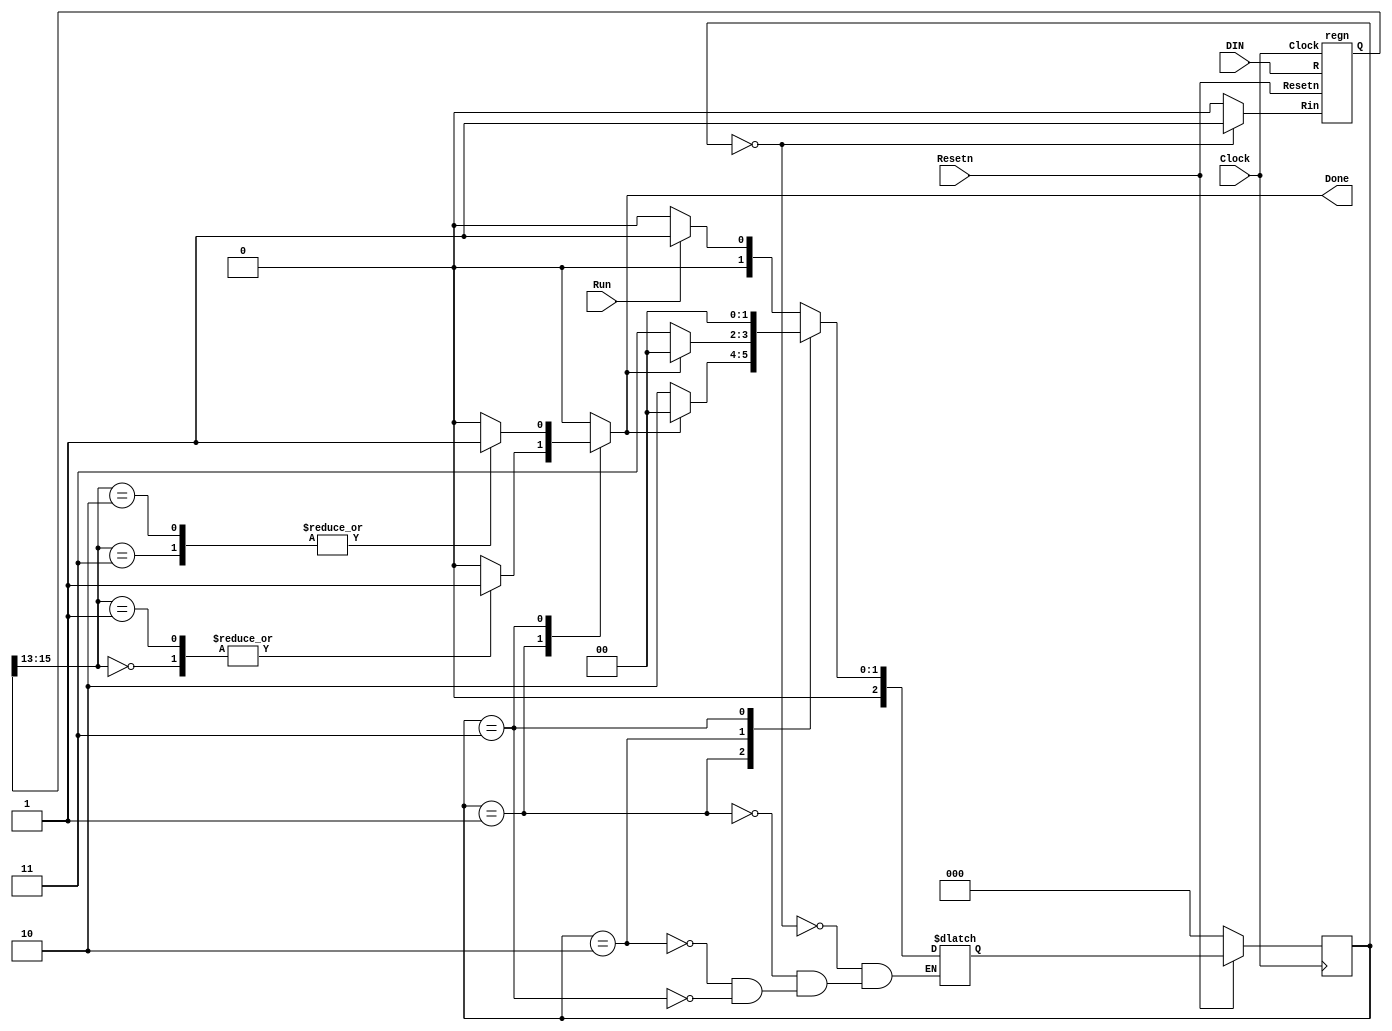
// use your processor from Part 1
// This code is mostly complete. You need to just fill in the lines where it says 
// "... your code goes here"
module proc(DIN, Resetn, Clock, Run, Done);
    input [15:0] DIN;
    input Resetn, Clock, Run;
    output Done;

    wire [0:7] R_in; // r0, ..., r7 register enables
    reg [15:0] Sum;
    reg rX_in, IR_in, Done, A_in, G_in, AddSub;
    reg [2:0] Tstep_Q, Tstep_D;
    reg [15:0] BusWires;
    reg [3:0] Sel; // BusWires selector
    wire [2:0] III, rX, rY; // instruction opcode and register operands
    wire [15:0] r0, r1, r2, r3, r4, r5, r6, r7, A;
    wire [15:0] G;
    wire [15:0] IR;
    wire Imm;
   
    assign III = IR[15:13];
    assign Imm = IR[12];
    assign rX = IR[11:9];
    assign rY = IR[2:0];
    dec3to8 decX (rX_in, rX, R_in); // produce r0 - r7 register enables

    parameter T0 = 3'b000, T1 = 3'b001, T2 = 3'b010, T3 = 3'b011;

    // Control FSM state table
    always @(Tstep_Q, Run, Done) begin
        case (Tstep_Q)
            T0: // data is loaded into IR in this time step
                if (~Run) Tstep_D = T0;
                else Tstep_D = T1;
            T1: if (Done) Tstep_D = T0;
                else Tstep_D = T2;
            T2: if (Done) Tstep_D = T0;
                else Tstep_D = T3;
            T3: // instructions end after this time step
                Tstep_D = T0;
        endcase
    end

    /* OPCODE format: III M XXX DDDDDDDDD, where 
    *     III = instruction, M = Immediate, XXX = rX
    *     If M = 0, DDDDDDDDD = 000000YYY = rY
    *     If M = 1, DDDDDDDDD = #D is the immediate operand 
    *
    *  III M  Instruction   Description
    *  --- -  -----------   -----------
    *  000 0: mv   rX,rY    rX <- rY
    *  000 1: mv   rX,#D    rX <- D (sign extended)
    *  001 1: mvt  rX,#D    rX <- D << 8
    *  010 0: add  rX,rY    rX <- rX + rY
    *  010 1: add  rX,#D    rX <- rX + D
    *  011 0: sub  rX,rY    rX <- rX - rY
    *  011 1: sub  rX,#D    rX <- rX - D */
    parameter mv = 3'b000, mvt = 3'b001, add = 3'b010, sub = 3'b011;
    // selectors for the BusWires multiplexer
    parameter SEL_r0 = 4'b0000, SEL_r1 = 4'b0001, SEL_r2 = 4'b0010, SEL_r3 = 4'b0011,
        SEL_r4 = 4'b0100, SEL_r5 = 4'b0101, SEL_r6 = 4'b0110, SEL_r7 = 4'b0111, SEL_G = 4'b1000,
        SEL_D /* immediate data */ = 4'b1001, SEL_D8 /* immediate data << 8 */ = 4'b1010;
    // Control FSM outputs
    always @(*) begin
        // default values for control signals
        rX_in = 1'b0; A_in = 1'b0; G_in = 1'b0; AddSub = 1'b0; IR_in = 1'b0; Sel = 4'bxxxx;
        Done = 1'b0;
        case (Tstep_Q)
            T0: // store instruction on DIN in IR 
                IR_in = 1'b1;
            T1: // define signals in T1
                case (III)
                    mv: begin
                        // ... your code goes here
			if(!Imm) Sel =rY; 
			else Sel = SEL_D;
			rX_in = 1'b1; 
			Done = 1'b1; 
                    end
                    mvt: begin
                        // ... your code goes here
			Sel = SEL_D8;
			rX_in = 1'b1;
			Done = 1'b1;
                    end
                    add, sub: begin
                        // ... your code goes here
			Sel = rX;
			A_in = 1'b1;
                    end
                    default: ;
                endcase
            T2: // define signals T2
                case (III)
                    add: begin
                        // ... your code goes here
			if (!Imm) Sel = rY;
			else Sel = SEL_D;
			G_in = 1'b1;	
                    end
                    sub: begin
                        // ... your code goes here
			if(!Imm) Sel = rY;
			else Sel = SEL_D;
			AddSub = 1'b1;
			G_in = 1'b1;
                    end
                    default: ; 
                endcase
            T3: // define T3
                case (III)
                    add, sub: begin
                        // ... your code goes here
			Sel = SEL_G;
			rX_in = 1'b1;
			Done = 1'b1;
                    end
                    default: ;
                endcase
            default: ;
        endcase
    end   
   
    // Control FSM flip-flops
    always @(posedge Clock)
        if (!Resetn)
            Tstep_Q <= T0;
        else
            Tstep_Q <= Tstep_D;   
   
    regn reg_0 (BusWires, Resetn, R_in[0], Clock, r0);
    regn reg_1 (BusWires, Resetn, R_in[1], Clock, r1);
    regn reg_2 (BusWires, Resetn, R_in[2], Clock, r2);
    regn reg_3 (BusWires, Resetn, R_in[3], Clock, r3);
    regn reg_4 (BusWires, Resetn, R_in[4], Clock, r4);
    regn reg_5 (BusWires, Resetn, R_in[5], Clock, r5);
    regn reg_6 (BusWires, Resetn, R_in[6], Clock, r6);
    regn reg_7 (BusWires, Resetn, R_in[7], Clock, r7);

    regn reg_A (BusWires, Resetn, A_in, Clock, A);
    regn reg_IR (DIN, Resetn, IR_in, Clock, IR);

    // alu
    always @(*)
        if (!AddSub)
            Sum = A + BusWires;
        else
            Sum = A + ~BusWires + 16'b1;

    regn reg_G (Sum, Resetn, G_in, Clock, G);

    // define the internal processor bus
    always @(*)
        case (Sel)
            SEL_r0: BusWires = r0;
            SEL_r1: BusWires = r1;
            SEL_r2: BusWires = r2;
            SEL_r3: BusWires = r3;
            SEL_r4: BusWires = r4;
            SEL_r5: BusWires = r5;
            SEL_r6: BusWires = r6;
            SEL_r7: BusWires = r7;
            SEL_G: BusWires = G;
            SEL_D: BusWires = {{7{IR[8]}}, IR[8:0]}; // sign extended
            SEL_D8: BusWires = {IR[7:0], 8'b00000000};
            default: BusWires = 16'bxxxxxxxxxxxxxxxx;
        endcase
endmodule

module dec3to8(E, W, Y);
    input E; // enable
    input [2:0] W;
    output [0:7] Y;
    reg [0:7] Y;
   
    always @(*)
        if (E == 0)
            Y = 8'b00000000;
        else
            case (W)
                3'b000: Y = 8'b10000000;
                3'b001: Y = 8'b01000000;
                3'b010: Y = 8'b00100000;
                3'b011: Y = 8'b00010000;
                3'b100: Y = 8'b00001000;
                3'b101: Y = 8'b00000100;
                3'b110: Y = 8'b00000010;
                3'b111: Y = 8'b00000001;
            endcase
endmodule

module regn(R, Resetn, Rin, Clock, Q);
    parameter n = 16;
    input [n-1:0] R;
    input Resetn, Rin, Clock;
    output [n-1:0] Q;
    reg [n-1:0] Q;

    always @(posedge Clock)
        if (!Resetn)
            Q <= 0;
        else if (Rin)
            Q <= R;
endmodule